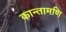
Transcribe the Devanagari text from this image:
कान्तामणि